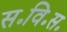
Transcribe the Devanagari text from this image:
स॰वि॰स॰